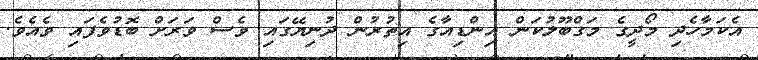
އެކަމާހެދި މޯދީގެ މަގްބޫލުކަން އިންޑިއާގެ އިތުރުން ދުނިޔޭގައި ވެސް ވަރަށް ބޮޑުވެފައި ވެއެވެ.